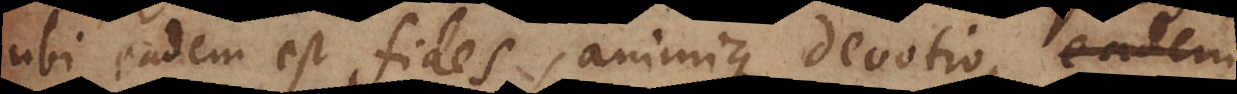
ubi eadem est fides, animique devotio,